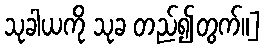
သုခါယကို သုခ တည်၍တွက်။]